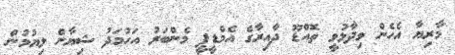
މާރިޔާ އެހެން ވިދާޅުވީ ތޮއްޑޫ ދާއިރާގެ އެމްޑީޕީ މެންބަރު އަހުމަދު ޝިޔާން ލިޔުމުން